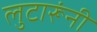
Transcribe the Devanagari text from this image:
लुटारूंनी